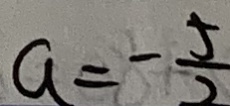
a = - \frac { 5 } { 2 }